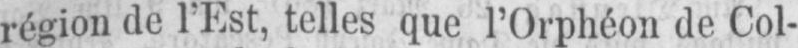
région de l’Est, telles que l’Orphéon de Col-